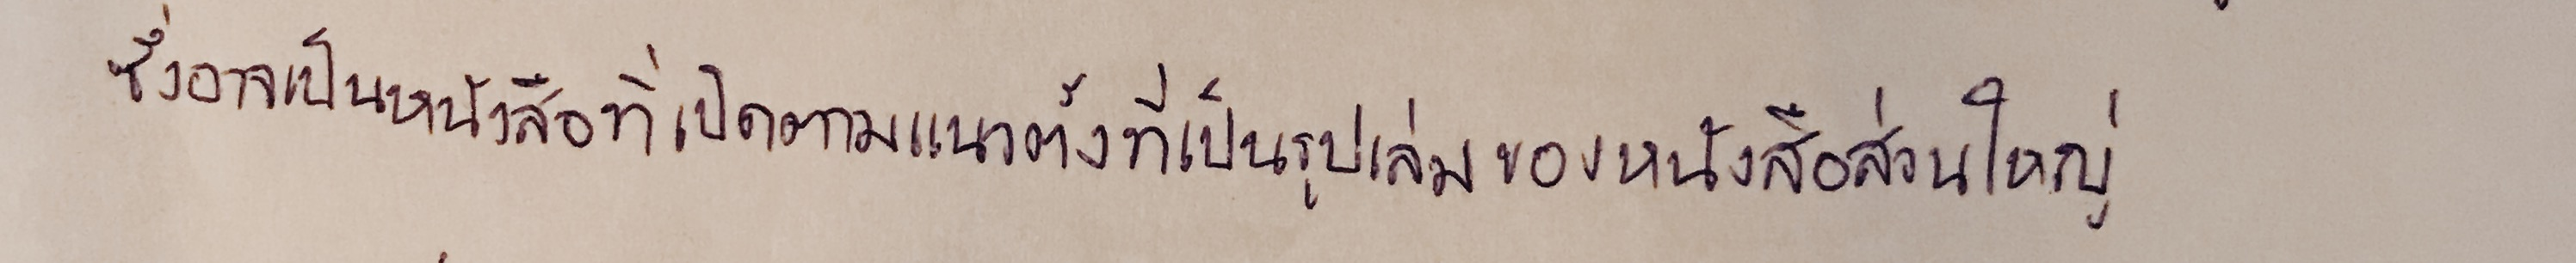
ซึ่งอาจเป็นหนังสือที่เปิดตามแนวตั้งที่เป็นรูปเล่มของหนังสือส่วนใหญ่